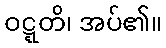
ဝဋ္ဋတိ၊ အပ်၏။